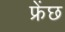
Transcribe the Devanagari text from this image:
फ्रेंछ